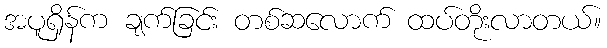
အပူရှိန်က ချက်ခြင်း တစ်ဆလောက် ထပ်တိုးလာတယ်။